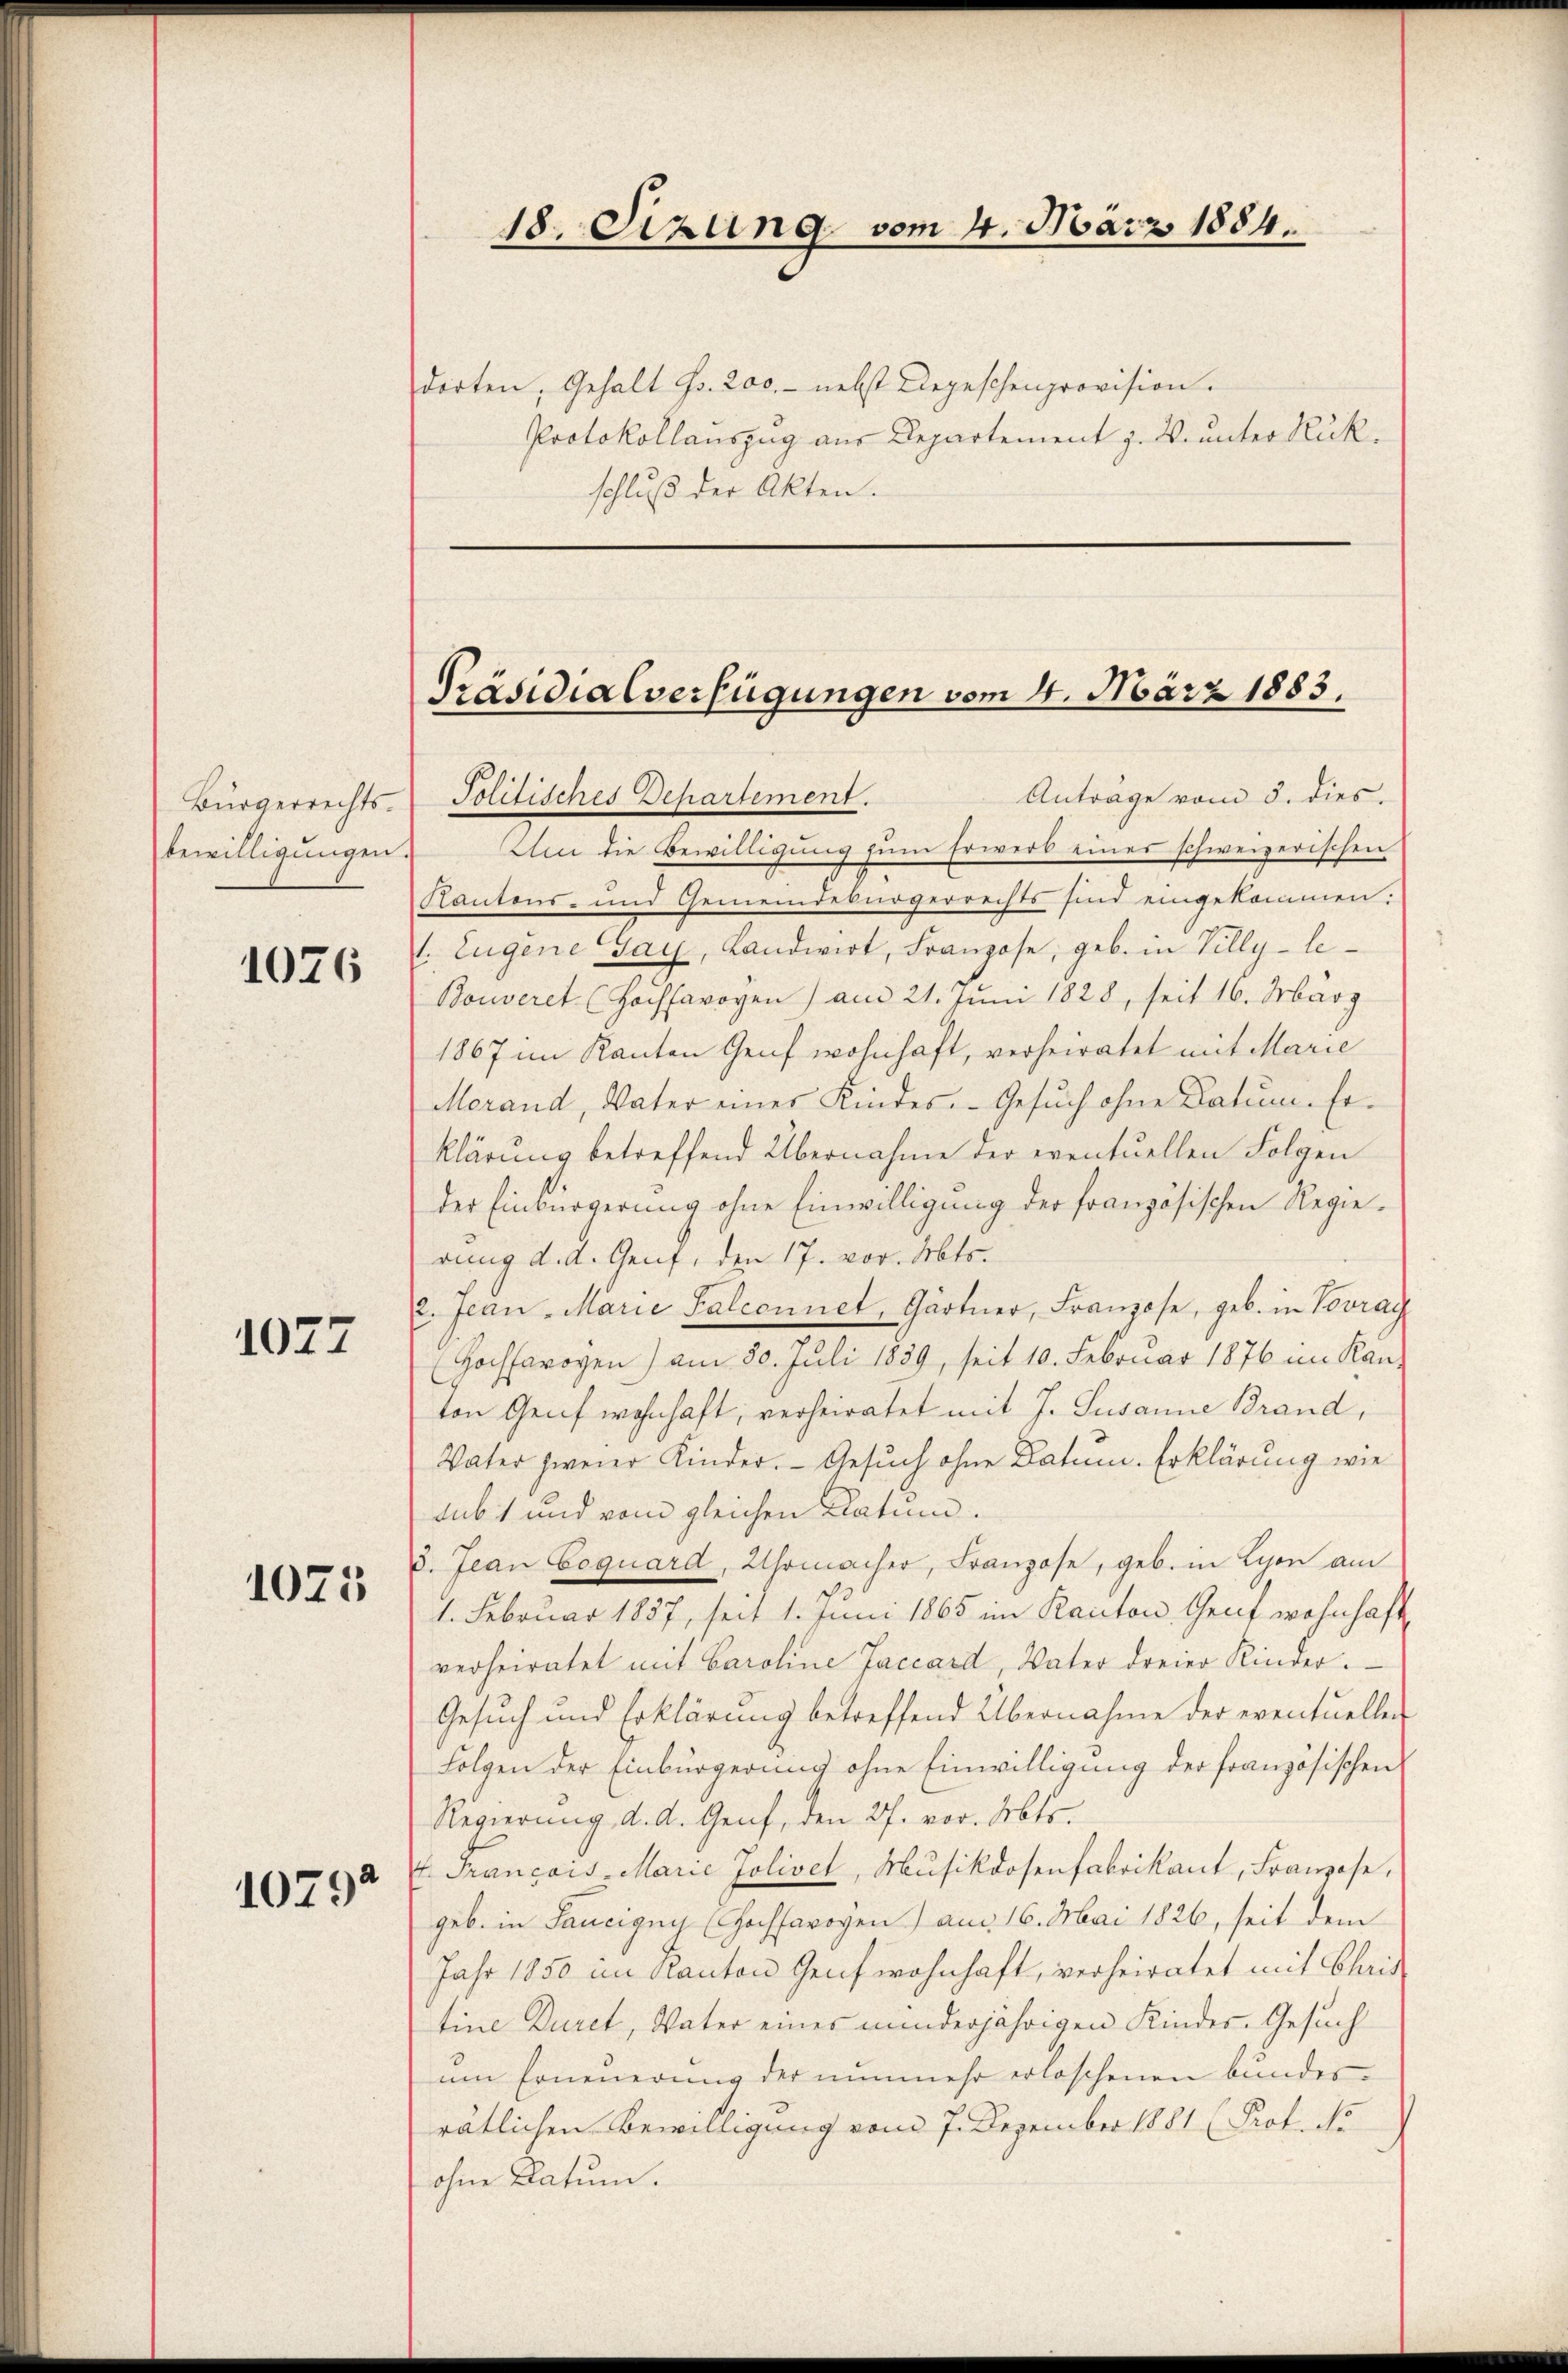
Bürgerrechts.
bewilligungen.

1076

1077

1075

10792

dorten, Gehalt Fr. 200.- nebst Depeschenprovision.
Protokollauszug aus Departement z. W. unter Rükschluß der Akten.

Präsidialverfügungen vom 4. März 1883.
Anträge vom 3. dies.
Politisches Departement.

Um die Bewilligung zum Erwerb eines schweizerischen
Kantons- und Gemeindebürgerrechts sind eingekommen:
1. Eugene Gay, Landwirt, Franzose, geb. in Villy-le¬
Bouveret (Hochsavoyen ) am 21. Juni 1828, seit 16. März
1867 im Kanton Genf wohnhaft, verheiratet mit Marie
Merand, Vater eines Kindes. Gesuch ohne Datum. Erklärung betreffend Übernahme der eventuellen Folgen
der Einbürgerung ohne Einwilligung der französischen Regierung d. d. Genf, den 17. vor. Mts.
2. Jean - Marie Palconnet, Gärtner, Franzose, geb. in Vorrag
Hochsaroven) am 30. Juli 1839, seit 10. Februar 1876 im Kan-
ton Genf wohnhaft, verheiratet mit J. Susanne Brand,
Vater zweier Kinder. Gesuch ohne Datum. Erklärung wie
sub 1 und vom gleichen Datum.
3. Jean Coquard, Uhrmacher, Franzose, geb. in Lyon am
1. Februar 1857, seit 1. Juni 1865 im Kanton, Genf wohnhaft
verheiratet mit Caroline Jaccard, Vater dreier Kinder¬
Gesuch und Erklärung betreffend Übernahme der eventuellen
Folgen der Einbürgerung ohne Einwilligung der französischen
Regierung d. A. Genf, den 27. vor. Mts.
t. Français-Marie Jolivet, Musikdosenfabrikant, Franzose,
geb. in Saucigny (Hochsarogen am 16. Mai 1826, seit dem
Jahr 1850 im Kanton Genf wohnhaft, verheiratet mit Chris
tine Duret, Vater eines minderjährigen Kindes. Gesuch
um Erneuerung der nunmehr erloschenen bundesrätlichen Bewilligung vom 7. Dezember 1881 (Prof. No
ohne Datum.

18. Sizung vom 4. März 1884.